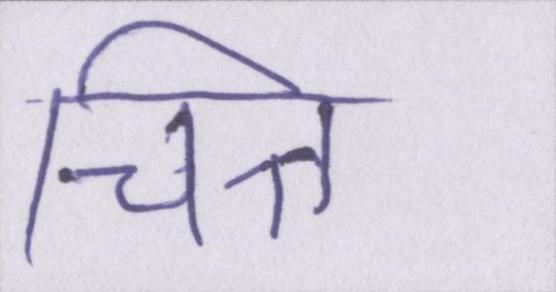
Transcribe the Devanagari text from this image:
चित्त